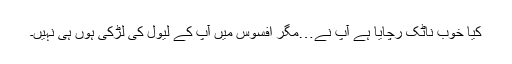
کیا خوب ناٹک رچایا ہے آپ نے…مگر افسوس میں آپ کے لیول کی لڑکی ہوں ہی نہیں۔